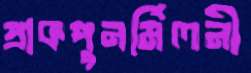
প্রাকপুনর্মিলনী